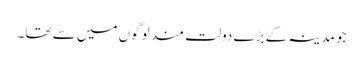
جو مدینہ کے بڑے دولت مند لوگوں میں سے تھا۔